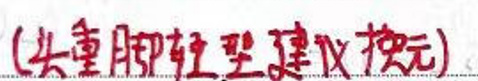
(头重脚轻型建议换元)